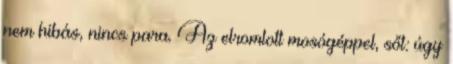
nem hibás, nincs para. Az elromlott mosógéppel, sőt: úgy